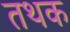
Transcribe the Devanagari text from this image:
तथक